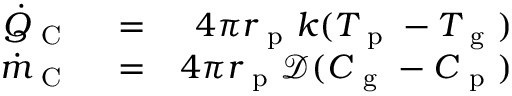
\begin{array} { r l r } { \dot { Q } _ { \mathrm { ~ C ~ } } } & { { } = } & { 4 \pi r _ { \mathrm { ~ p ~ } } k ( T _ { \mathrm { ~ p ~ } } - T _ { \mathrm { ~ g ~ } } ) } \\ { \dot { m } _ { \mathrm { ~ C ~ } } } & { { } = } & { 4 \pi r _ { \mathrm { ~ p ~ } } \mathcal { D } ( C _ { \mathrm { ~ g ~ } } - C _ { \mathrm { ~ p ~ } } ) } \end{array}